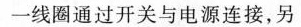
北一线圈通过开关与电源连接，另